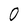
Character: 0